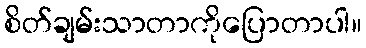
စိတ်ချမ်းသာတာကိုပြောတာပါ။